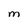
Character: M